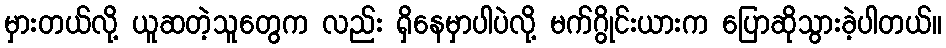
မှားတယ်လို့ ယူဆတဲ့သူတွေက လည်း ရှိနေမှာပါပဲလို့ မက်ဂွိုင်းယားက ပြောဆိုသွားခဲ့ပါတယ်။